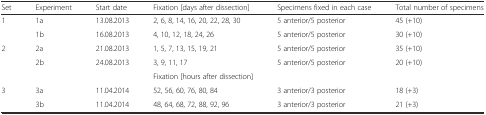
<table><thead><tr><td><b>Set</b></td><td><b>Experiment</b></td><td><b>Start date</b></td><td><b>Fixation [days after dissection]</b></td><td><b>Specimens fixed in each case</b></td><td><b>Total number of specimens</b></td></tr></thead><tbody><tr><td rowspan="2">1</td><td>1a</td><td>13.08.2013</td><td>2, 6, 8, 14, 16, 20, 22, 28, 30</td><td>5 anterior/5 posterior</td><td>45 (+10)</td></tr><tr><td>1b</td><td>16.08.2013</td><td>4, 10, 12, 18, 24, 26</td><td>5 anterior/5 posterior</td><td>30 (+10)</td></tr><tr><td rowspan="2">2</td><td>2a</td><td>21.08.2013</td><td>1, 5, 7, 13, 15, 19, 21</td><td>5 anterior/5 posterior</td><td>35 (+10)</td></tr><tr><td>2b</td><td>24.08.2013</td><td>3, 9, 11, 17</td><td>5 anterior/5 posterior</td><td>20 (+10)</td></tr><tr><td></td><td></td><td></td><td>Fixation [hours after dissection]</td><td></td><td></td></tr><tr><td rowspan="2">3</td><td>3a</td><td>11.04.2014</td><td>52, 56, 60, 76, 80, 84</td><td>3 anterior/3 posterior</td><td>18 (+3)</td></tr><tr><td>3b</td><td>11.04.2014</td><td>48, 64, 68, 72, 88, 92, 96</td><td>3 anterior/3 posterior</td><td>21 (+3)</td></tr></tbody></table>